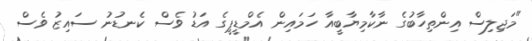
"މަޖިލިސް އިންތިހާބުގެ ނާކާމިޔާބީއާ ހަމައިން އެމްޑީޕީގެ އަޑު ވެސް ކެނޑުނު ސައިޒު ވެސް